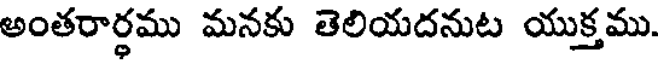
అంతరార్థము మనకు తెలియదనుట యుక్తము.